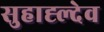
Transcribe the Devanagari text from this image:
सुहाह्ल्देव